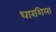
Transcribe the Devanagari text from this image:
धारशिला